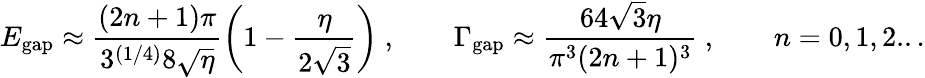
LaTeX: E_{\mathrm{gap}}\approx\frac{(2n+1)\pi}{3^{(1/4)}8\sqrt{\eta}}\left(1-\frac{\eta}{2\sqrt{3}}\right)\ ,\qquad\Gamma_{\mathrm{gap}}\approx\frac{64\sqrt{3}\eta}{\pi^{3}(2n+1)^{3}}\ ,\qquad n=0,1,2...